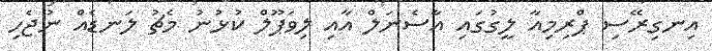
އިނގިރޭސި ޕްރިމިއާ ލީގުގައި އާސެނަލް އާއި ލިވަޕޫލް ކުޅުނު މެޗު ލަނޑެއް ނުޖެހި